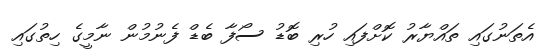
އެތަނުގައި ތައްޔާރު ކޮށްފައި ހުރި ބޮޑު ސޯފާ ބެޑް ފެނުމުން ނާމީގެ ހިތުގައި